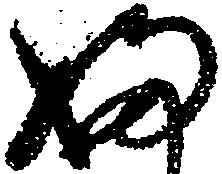
ふ